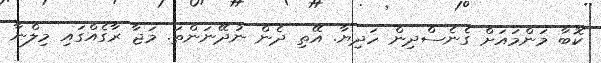
ކޮބާ މަންމައަށް ގެނެސްދިން ހަދިޔާ. އޭތި ދެން ނުދޭނަންތަ. މަޖާ ރާގެއްގައި މިލްނާ